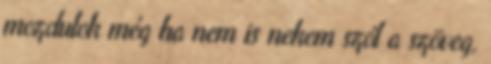
mozdulok még ha nem is nekem szól a szöveg,